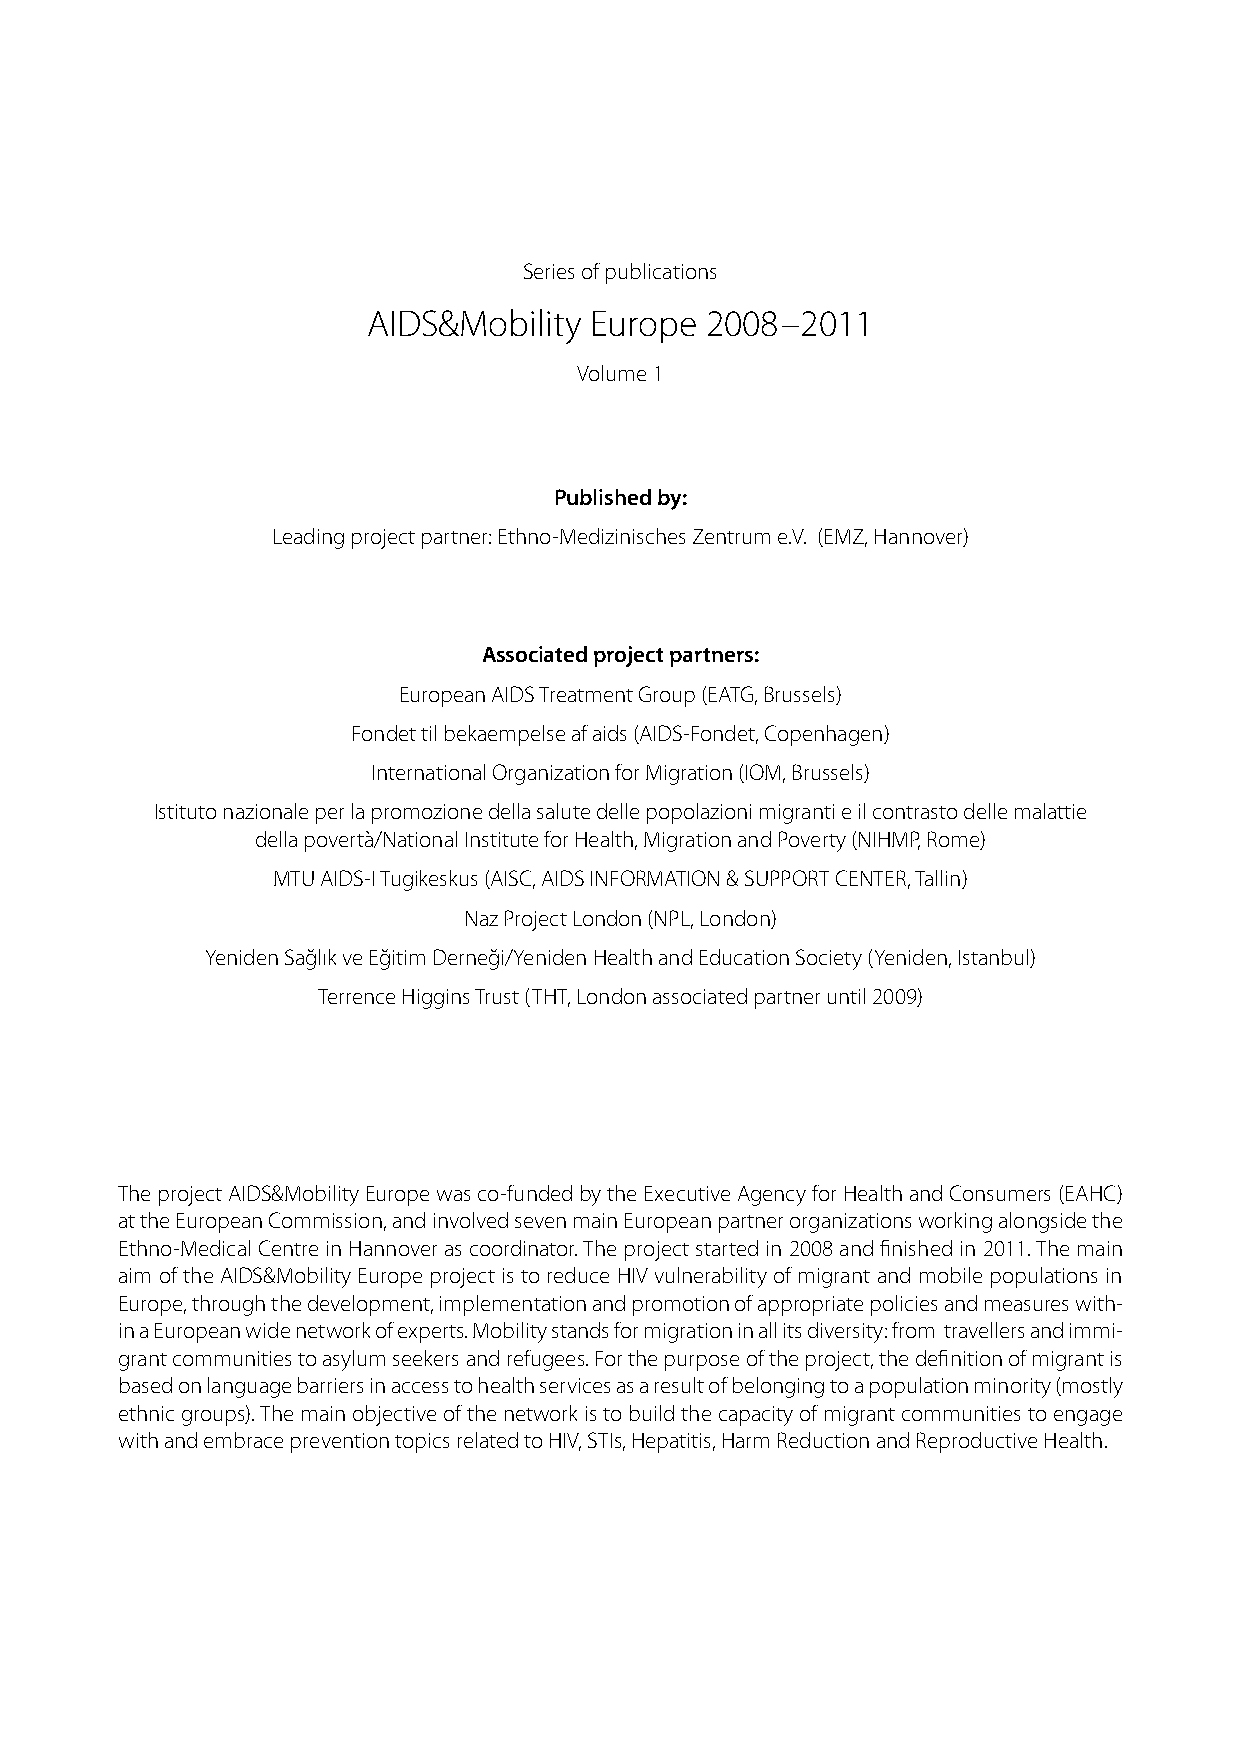
Series of publications
 AIDS&Mobility  Europe  2008–2011
 Volume 1
 Published by:
 Leading project partner: Ethno-Medizinisches Zentrum e.V. (EMZ, Hannover)
 associated project partners:
 European AIDS Treatment Group (EATG, Brussels)
 Fondet til bekaempelse af aids (AIDS-Fondet, Copenhagen)
 International Organization for Migration (IOM, Brussels)
 Istituto nazionale per la promozione della salute delle popolazioni migranti e il contrasto delle malattie
 della povertà/National Institute for Health, Migration and Poverty (NIHMP, Rome)
 MTU AIDS-I Tugikeskus (AISC, AIDS INFORMATION & SUPPORT CENTER, Tallin)
 Naz Project London (NPL, London)
 Yeniden Sağlık ve Eğitim Derneği/Yeniden Health and Education Society (Yeniden, Istanbul)
 Terrence Higgins Trust (THT, London associated partner until 2009)
 The project AIDS&Mobility Europe was co-funded by the Executive Agency for Health and Consumers (EAHC)
 at the European Commission, and involved seven main European partner organizations working alongside the
 Ethno-Medical Centre in Hannover as coordinator. The project started in 2008 and finished in 2011. The main
 aim of the AIDS&Mobility Europe project is to reduce HIV vulnerability of migrant and mobile populations in
 Europe, through the development, implementation and promotion of appropriate policies and measures with-
 in a European wide network of experts. Mobility stands for migration in all its diversity: from travellers and immi-
 grant communities to asylum seekers and refugees. For the purpose of the project, the definition of migrant is
 based on language barriers in access to health services as a result of belonging to a population minority (mostly
 ethnic groups). The main objective of the network is to build the capacity of migrant communities to engage
 with and embrace prevention topics related to HIV, STIs, Hepatitis, Harm Reduction and Reproductive Health.